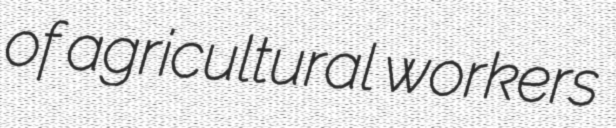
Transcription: of agricultural workers